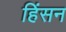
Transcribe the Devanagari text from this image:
हिंसन